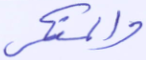
والمنكر